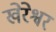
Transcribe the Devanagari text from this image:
खेरेश्वर